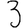
Digit: 3